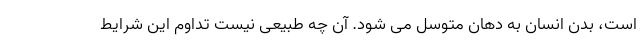
است، بدن انسان به دهان متوسل می شود. آن چه طبیعی نیست تداوم این شرایط